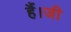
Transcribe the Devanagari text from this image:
हैं।जी